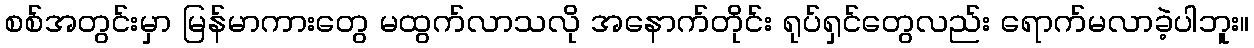
စစ်အတွင်းမှာ မြန်မာကားတွေ မထွက်လာသလို အနောက်တိုင်း ရုပ်ရှင်တွေလည်း ရောက်မလာခဲ့ပါဘူး။